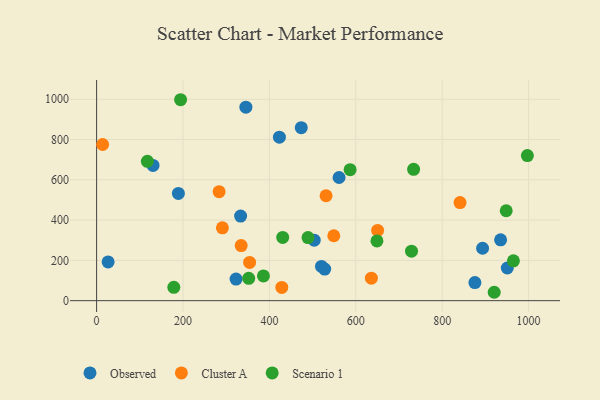
{"axis": {"x": "Engine Size", "y": "Sales"}, "legend": ["Cluster A", "Observed", "Scenario 1"], "data": [{"x": "520.6", "y": 170.2, "type": "Observed"}, {"x": "950.8", "y": 162.3, "type": "Observed"}, {"x": "473.8", "y": 859.2, "type": "Observed"}, {"x": "345.6", "y": 960.6, "type": "Observed"}, {"x": "423.2", "y": 811.7, "type": "Observed"}, {"x": "561.3", "y": 611.5, "type": "Observed"}, {"x": "893.6", "y": 260.3, "type": "Observed"}, {"x": "130.6", "y": 671.4, "type": "Observed"}, {"x": "189.3", "y": 532.6, "type": "Observed"}, {"x": "322.8", "y": 107.2, "type": "Observed"}, {"x": "333.4", "y": 420.2, "type": "Observed"}, {"x": "26.6", "y": 192.3, "type": "Observed"}, {"x": "875.8", "y": 90.0, "type": "Observed"}, {"x": "503.8", "y": 300.3, "type": "Observed"}, {"x": "935.3", "y": 302.2, "type": "Observed"}, {"x": "528.0", "y": 157.0, "type": "Observed"}, {"x": "13.9", "y": 775.5, "type": "Cluster A"}, {"x": "650.6", "y": 348.9, "type": "Cluster A"}, {"x": "549.1", "y": 322.4, "type": "Cluster A"}, {"x": "334.7", "y": 273.8, "type": "Cluster A"}, {"x": "531.2", "y": 520.9, "type": "Cluster A"}, {"x": "283.6", "y": 541.3, "type": "Cluster A"}, {"x": "636.1", "y": 111.6, "type": "Cluster A"}, {"x": "291.2", "y": 361.7, "type": "Cluster A"}, {"x": "428.7", "y": 65.9, "type": "Cluster A"}, {"x": "354.2", "y": 190.1, "type": "Cluster A"}, {"x": "841.4", "y": 487.3, "type": "Cluster A"}, {"x": "430.8", "y": 314.1, "type": "Scenario 1"}, {"x": "194.4", "y": 997.8, "type": "Scenario 1"}, {"x": "489.4", "y": 313.4, "type": "Scenario 1"}, {"x": "948.3", "y": 446.5, "type": "Scenario 1"}, {"x": "965.0", "y": 198.0, "type": "Scenario 1"}, {"x": "178.7", "y": 66.2, "type": "Scenario 1"}, {"x": "117.5", "y": 691.8, "type": "Scenario 1"}, {"x": "386.2", "y": 122.7, "type": "Scenario 1"}, {"x": "920.5", "y": 41.7, "type": "Scenario 1"}, {"x": "733.9", "y": 652.0, "type": "Scenario 1"}, {"x": "649.0", "y": 296.8, "type": "Scenario 1"}, {"x": "997.3", "y": 720.5, "type": "Scenario 1"}, {"x": "729.1", "y": 245.7, "type": "Scenario 1"}, {"x": "586.9", "y": 650.7, "type": "Scenario 1"}, {"x": "352.1", "y": 110.9, "type": "Scenario 1"}]}